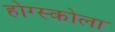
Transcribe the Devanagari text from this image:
होग्स्कोला